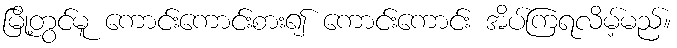
မြို့တွင်မူ ကောင်းကောင်းစား၍ ကောင်းကောင်း အိပ်ကြရလိမ့်မည်။